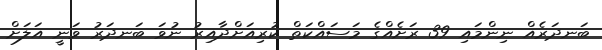
ބަނދަރެއް ނިންމައި 39 ރަަށެއްގެ މަސައްކަތް ކުރިއަށްދާއިރު ނުވަ ބަނދަރު ވަނީ އަލަށް